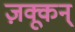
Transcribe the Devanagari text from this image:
ज़क्कून्